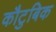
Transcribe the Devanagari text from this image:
कौटुबिक